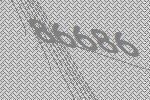
86686